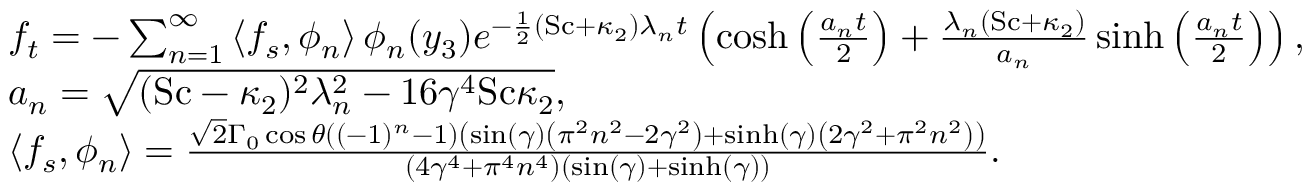
\begin{array} { r l } & { f _ { t } = - \sum _ { n = 1 } ^ { \infty } \left\langle f _ { s } , \phi _ { n } \right\rangle \phi _ { n } ( y _ { 3 } ) e ^ { - \frac { 1 } { 2 } ( \mathrm { S c } + \kappa _ { 2 } ) \lambda _ { n } t } \left( \cosh \left( \frac { a _ { n } t } { 2 } \right) + \frac { \lambda _ { n } \left( \mathrm { S c } + \kappa _ { 2 } \right) } { a _ { n } } \sinh \left( \frac { a _ { n } t } { 2 } \right) \right) , } \\ & { a _ { n } = \sqrt { ( \mathrm { S c } - \kappa _ { 2 } ) ^ { 2 } \lambda _ { n } ^ { 2 } - 1 6 \gamma ^ { 4 } \mathrm { S c } \kappa _ { 2 } } , } \\ & { \left\langle f _ { s } , \phi _ { n } \right\rangle = \frac { \sqrt { 2 } \Gamma _ { 0 } \cos \theta \left( ( - 1 ) ^ { n } - 1 \right) \left( \sin ( \gamma ) \left( \pi ^ { 2 } n ^ { 2 } - 2 \gamma ^ { 2 } \right) + \sinh ( \gamma ) \left( 2 \gamma ^ { 2 } + \pi ^ { 2 } n ^ { 2 } \right) \right) } { \left( 4 \gamma ^ { 4 } + \pi ^ { 4 } n ^ { 4 } \right) ( \sin ( \gamma ) + \sinh ( \gamma ) ) } . } \end{array}